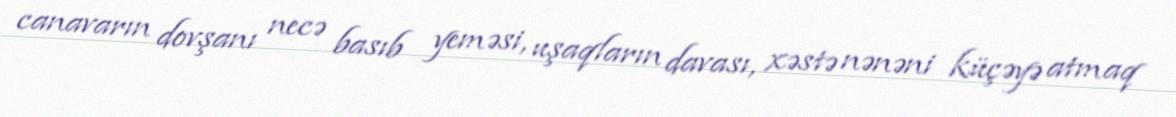
canavarın dovşanı necə basıb yeməsi, uşaqların davası, xəstə nənəni küçəyə atmaq